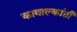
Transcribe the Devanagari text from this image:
कावाल्कांती